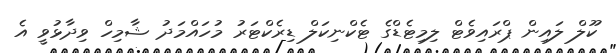
ކޫލް ލައިން ޕްރައިވެޓް ލިމިޓެޑްގެ ޓެކްނިކަލް ޑިރެކްޓަރު މުހައްމަދު ޝާމިހް ވިދާޅުވީ އެ